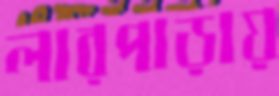
লারপাড়ায়